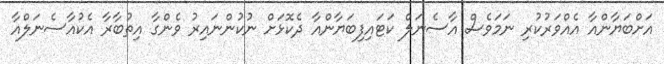
އަށްބަޔާންއާ އެއްވަރުކުރި ނަމަވެސް އާސެނަލް ކަޓައިފިބަޔާންއާ ދެކޮޅަށް ނުކުންނައިރު ވެންގާ އިތުބާރާ އެކުއާސެނަލްއާ